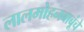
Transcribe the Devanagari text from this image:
लालमोहनबाबूंचे